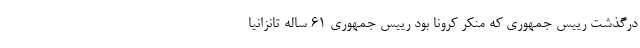
درگذشت رییس جمهوری که منکر کرونا بود رییس جمهوری 61 ساله تانزانیا